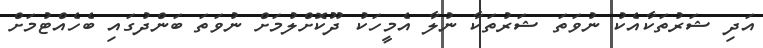
އަދި ޝަރުތަކާއެކު ނުވަތަ ޝަރުތަކާ ނުލާ އެމީހަކު ދޫކޮށްލުމަށް ނުވަތަ ބަންދުގައި ބެހެއްޓުމަށް